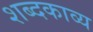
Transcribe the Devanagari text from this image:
शब्दकाव्य